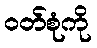
ဝတ်စုံကို